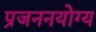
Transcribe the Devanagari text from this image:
प्रजननयोग्य